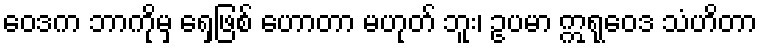
ဝေဒက ဘာကိုမှ ရှေ့ဖြစ် ဟောတာ မဟုတ် ဘူး၊ ဥပမာ ဣရုဝေဒ သံဟိတာ